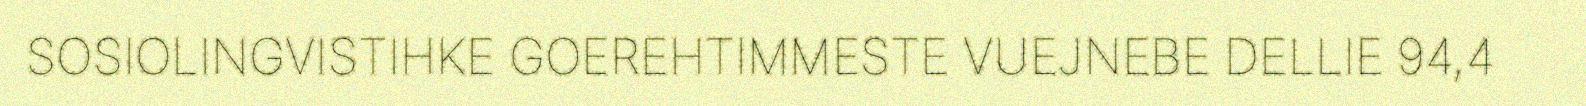
SOSIOLINGVISTIHKE GOEREHTIMMESTE VUEJNEBE DELLIE 94,4